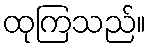
ထုကြသည်။